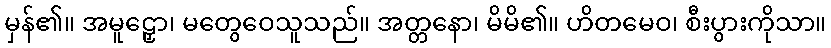
မှန်၏။ အမူဠှော၊ မတွေဝေသူသည်။ အတ္တနော၊ မိမိ၏။ ဟိတမေဝ၊ စီးပွားကိုသာ။